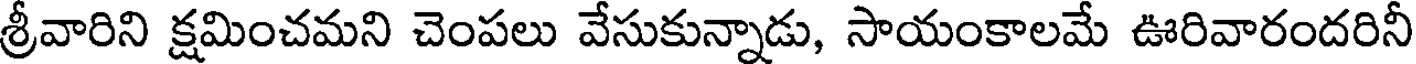
శ్రీవారిని క్షమించమని చెంపలు వేసుకున్నాడు, సాయంకాలమే ఊరివారందరినీ